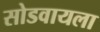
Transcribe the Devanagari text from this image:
सोडवायला